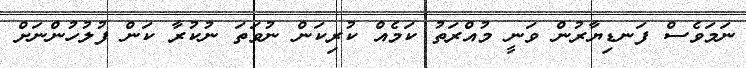
ނަމަވެސް ފަނޑިޔާރުން ވަނީ މުއްރަތު ކަމެއް ކުރިކަން ނުވަތަ ނުކުރާ ކަން ފުލުހުންނަށް